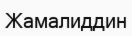
Жамалиддин